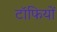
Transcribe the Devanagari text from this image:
टॉफियों